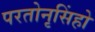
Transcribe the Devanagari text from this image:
परतोनृसिंहो